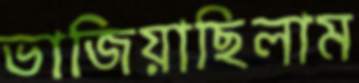
ভাজিয়াছিলাম